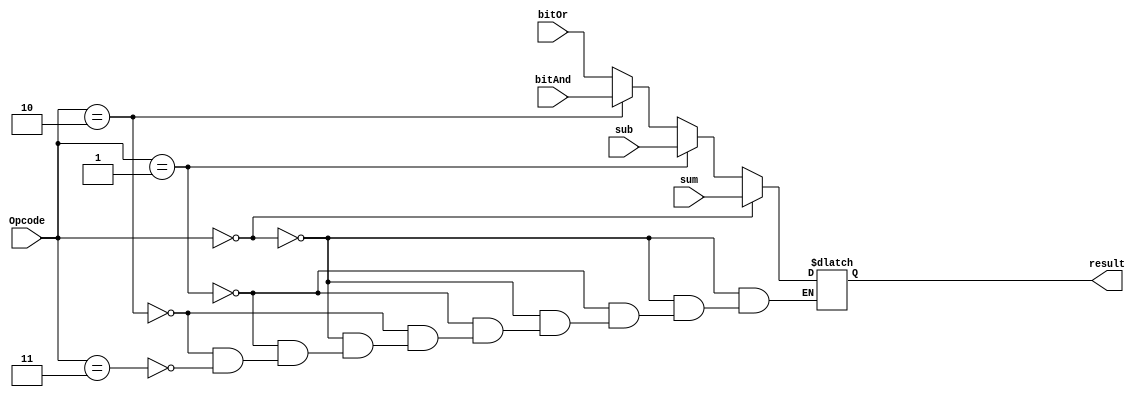
module Mux (result, sum, sub, bitAnd, bitOr, Opcode);
input [3:0] sum, sub, bitAnd, bitOr;
input [2:0] Opcode;
output reg [3:0] result;

always @ (sum, sub, bitAnd, bitOr, Opcode)
begin
	if (Opcode == 3'b000)
		result = sum;
	else if (Opcode == 3'b001)
		result = sub;
	else if (Opcode == 3'b010)
		result = bitAnd;
	else if (Opcode == 3'b011)
		result = bitOr;
end
endmodule